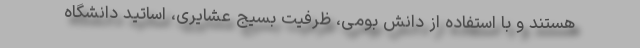
هستند و با استفاده از دانش بومی، ظرفیت بسیج عشایری، اساتید دانشگاه